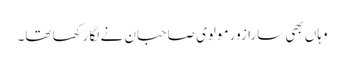
وہاں بھی سارا زور مولوی صاحبان نے لگا رکھا تھا۔